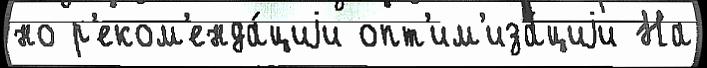
но р'еком'енда́циjи опт'им'иза́циjи На